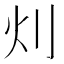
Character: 灲